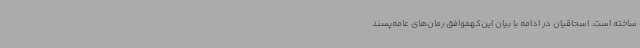
ساخته است. اسحاقیان در ادامه با بیان این‌کهموافق رمان‌های عامه‌پسند